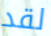
لقد